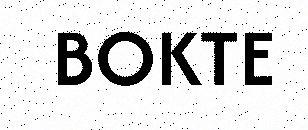
BOKTE